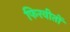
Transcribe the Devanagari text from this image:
फिरवीतों